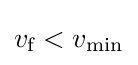
v_{\text{f}}<v_{\text{min}}